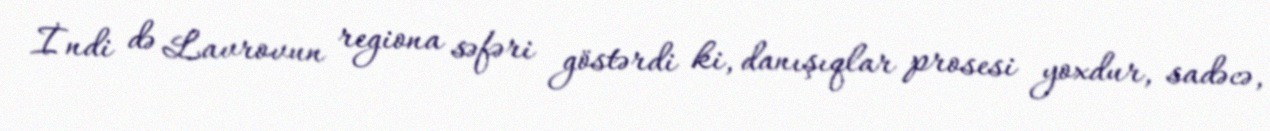
İndi də Lavrovun regiona səfəri göstərdi ki, danışıqlar prosesi yoxdur, sadəcə,